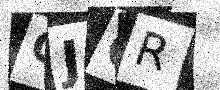
Text: CJCR